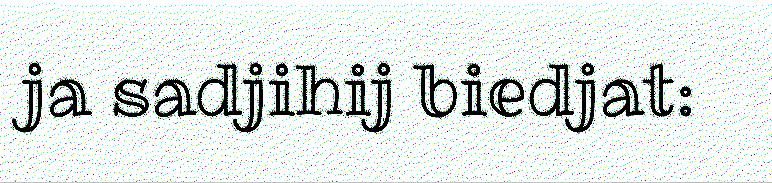
ja sadjihij biedjat: